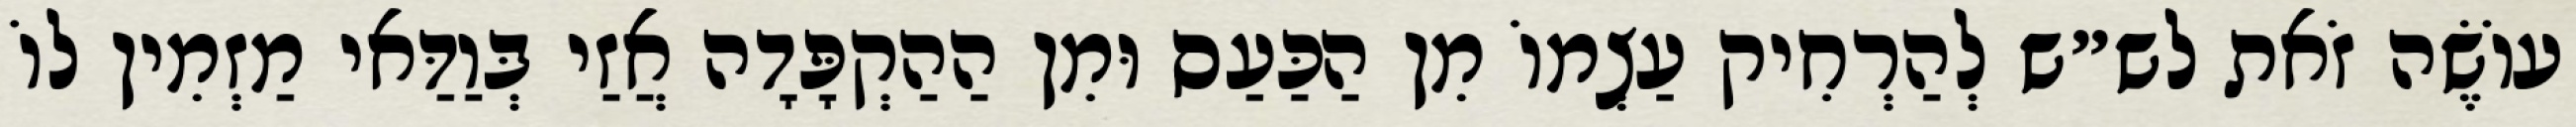
עוֹשֶׂה זֹאת לש״ש לְהַרְחִיק עַצְמוֹ מִן הַכַּעַס וּמִן הַהַקְפָּדָה אֲזַי בְּוַדַּאי מַזְמִין לוֹ